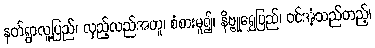
နတ်ရွာလူ့ပြည်၊ လှည့်လည်အတူ၊ စံစားမူ၍၊ နိဗ္ဗူရွှေပြည်၊ ဝင်အံ့သည်တည့်၊